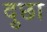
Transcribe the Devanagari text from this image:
दुछा